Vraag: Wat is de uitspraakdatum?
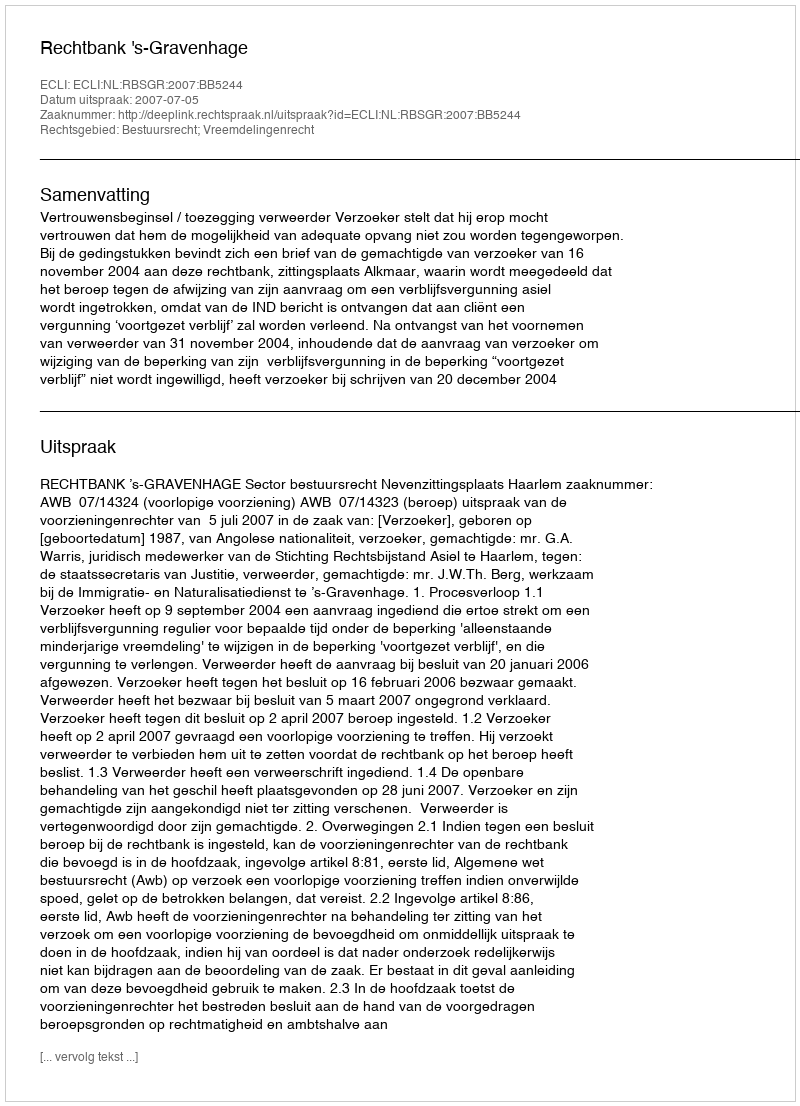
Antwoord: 2007-07-05